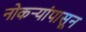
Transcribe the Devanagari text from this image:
नोकऱ्यांपासून